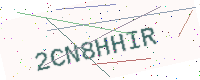
Text: 2CN8HHIR